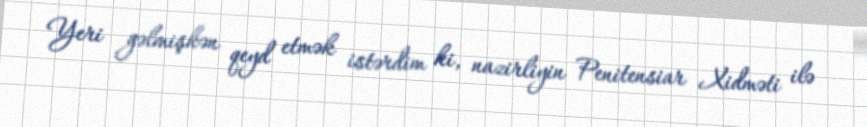
Yeri gəlmişkən qeyd etmək istərdim ki, nazirliyin Penitensiar Xidməti ilə